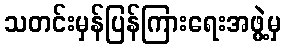
သတင်းမှန်ပြန်ကြားရေးအဖွဲ့မှ